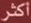
اكثر